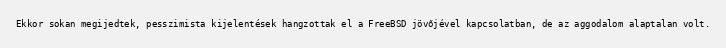
Ekkor sokan megijedtek, pesszimista kijelentések hangzottak el a FreeBSD jövőjével kapcsolatban, de az aggodalom alaptalan volt.